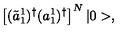
\left[ ( \tilde { a } _ { 1 } ^ { 1 } ) ^ { \dagger } ( a _ { 1 } ^ { 1 } ) ^ { \dagger } \right] ^ { N } | 0 > ,